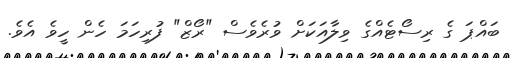
ބައްޕަ ގެ ރިސޯޓެއްގެ ވިލާއަކަށް ވުރެވެސް "ރޯޒް" ފުރިހަމަ ހެން ހީވެ އެވެ.